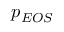
p _ { E O S }